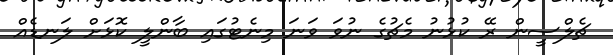
ޗެލްސީން ރޭ ކުޅުނު މެޗުގެ ނުވަ ވަނަ މިނެޓުގައި ބާންލީ ކޮޅަށް ލަނޑެއް